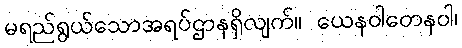
မရည်ရွယ်သောအရပ်ဌာနရှိလျက်။ ယေနဝါတေနဝါ၊